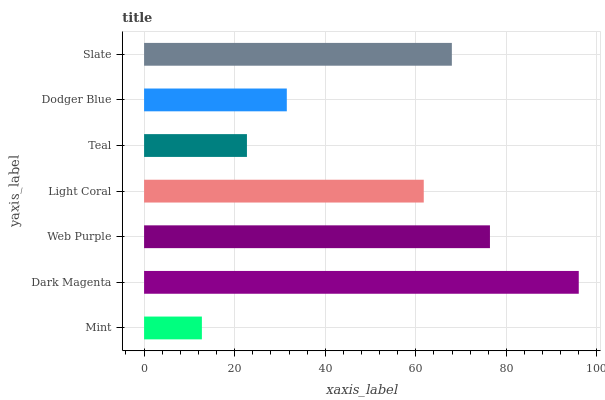
| yaxis_label | bars |
 | --- | --- |
 | Mint | 12.8 |
 | Dark Magenta | 96 |
 | Web Purple | 76.4 |
 | Light Coral | 61.8 |
 | Teal | 22.7 |
 | Dodger Blue | 31.5 |
 | Slate | 68 |